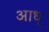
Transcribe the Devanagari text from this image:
आध्